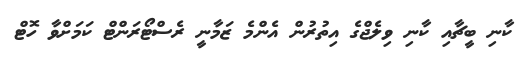
ކާނި ބީޗާއި ކާނި ވިލެޖްގެ އިތުރުން އެންމެ ޒަމާނީ ރެސްޓޯރަންޓް ކަމަށްވާ ހޮޓް